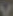
V